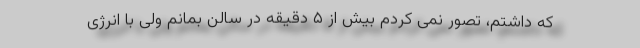
که داشتم، تصور نمی کردم بیش از ۵ دقیقه در سالن بمانم ولی با انرژی